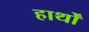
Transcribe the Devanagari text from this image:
हार्थों